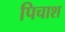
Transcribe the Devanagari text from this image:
पिचाश